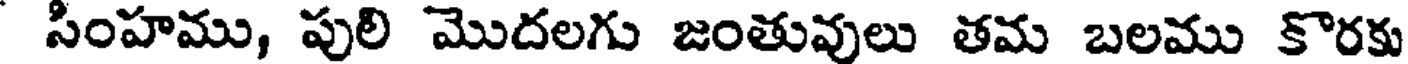
సింహము, పులి మొదలగు జంతువులు తమ బలము కొరకు